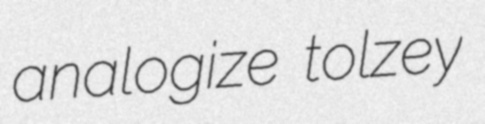
analogize tolzey